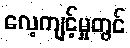
လေ့ကျင့်မှုတွင်